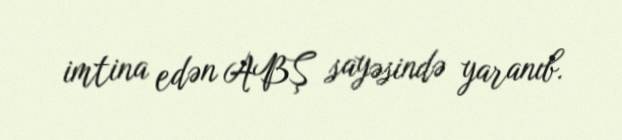
imtina edən ABŞ sayəsində yaranıb.